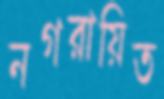
নগরায়িত